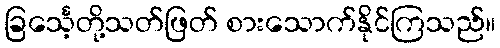
ခြင်္သေ့တို့သတ်ဖြတ် စားသောက်နိုင်ကြသည်။